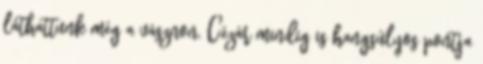
láthattunk még a vásznon. Cézár mindig is hangsúlyos pontja